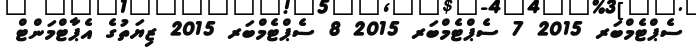
ސެޕްޓެމްބަރ 2015 7 ސެޕްޓެމްބަރ 2015 8 ސެޕްޓެމްބަރ 2015 ޒިޔަތުގެ އެޕާޓްމަންޓް